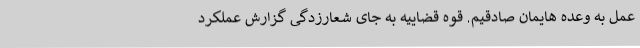
عمل به وعده هایمان صادقیم. قوه قضاییه به جای شعارزدگی گزارش عملکرد